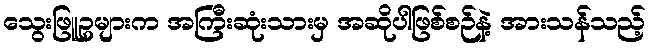
သွေးဖြူဥများက အကြီးဆုံးသားမှ အဆိုပါဖြစ်စဉ်နဲ့ အားသန်သည့်